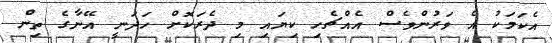
އެކަމަކު އެ ވަރުންވެސް އެއްޗެހި ކިޔައި މި ދެރަކޮށް ހަދަނީ އޭނާގެ ތިން